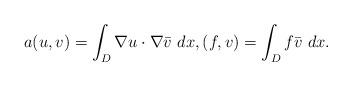
LaTeX: \begin{align*}a(u,v)=\int_D \nabla u\cdot\nabla \bar{v}~dx,(f,v)=\int_D f \bar{v}~dx.\end{align*}